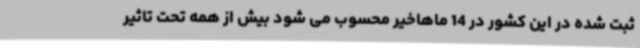
ثبت شده در این کشور در 14 ماهاخیر محسوب می شود بیش از همه تحت تاثیر